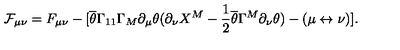
\mathcal { F } _ { \mu \nu } = F _ { \mu \nu } - [ \overline { { \theta } } \Gamma _ { 1 1 } \Gamma _ { M } \partial _ { \mu } \theta ( \partial _ { \nu } X ^ { M } - \frac { 1 } { 2 } \overline { { \theta } } \Gamma ^ { M } \partial _ { \nu } \theta ) - ( \mu \leftrightarrow \nu ) ] .